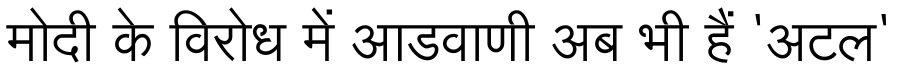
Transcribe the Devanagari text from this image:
मोदी के विरोध में आडवाणी अब भी हैं 'अटल'